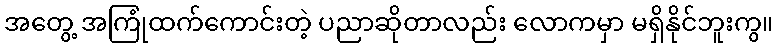
အတွေ့ အကြုံထက်ကောင်းတဲ့ ပညာဆိုတာလည်း လောကမှာ မရှိနိုင်ဘူးကွ။